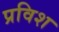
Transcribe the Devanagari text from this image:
प्रविश